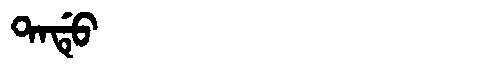
Manchu: ᡨᠠᡩᡠ
Romanization: TADU